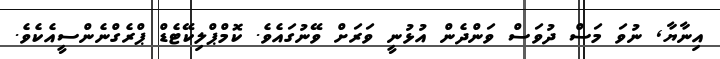
އިނާޔާ